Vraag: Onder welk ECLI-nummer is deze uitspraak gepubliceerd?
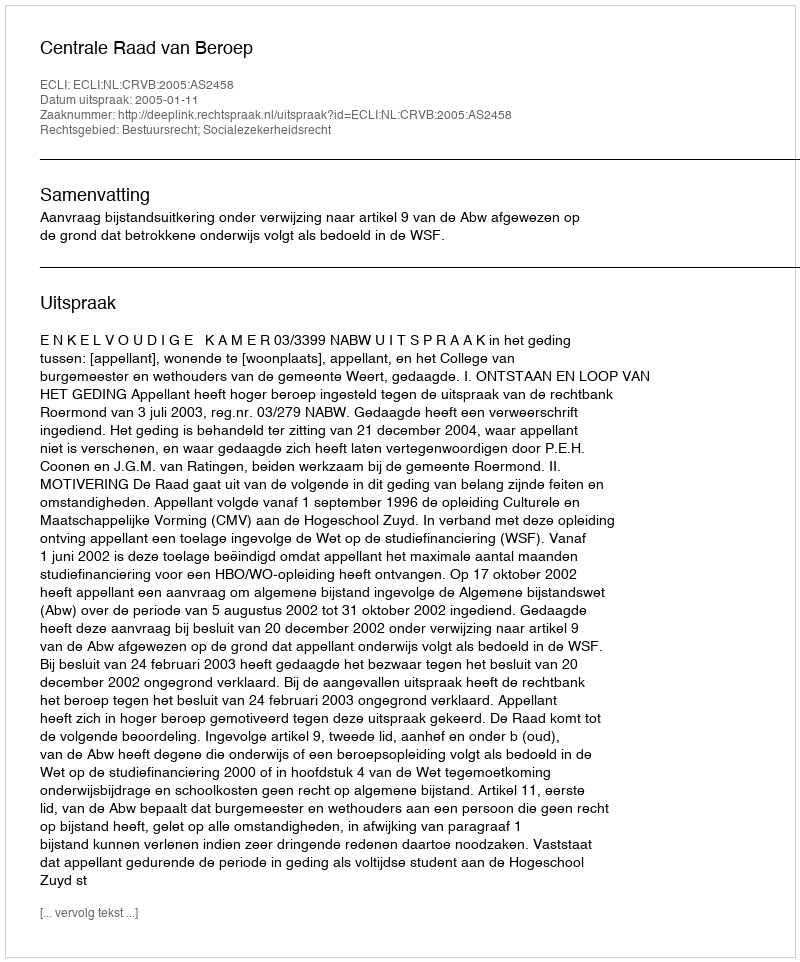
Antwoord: ECLI:NL:CRVB:2005:AS2458